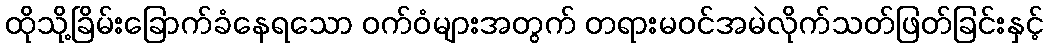
ထိုသို့ခြိမ်းခြောက်ခံနေရသော ဝက်ဝံများအတွက် တရားမဝင်အမဲလိုက်သတ်ဖြတ်ခြင်းနှင့်